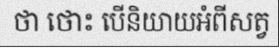
ថា ថោះ បើនិយាយអំពីសត្វ